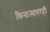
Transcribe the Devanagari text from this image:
किनाऱ्यावरही